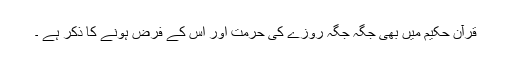
قرآن حکیم میں بھی جگہ جگہ روزے کی حرمت اور اس کے فرض ہونے کا ذکر ہے ۔